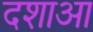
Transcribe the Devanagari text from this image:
दशाआ